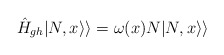
\begin{align*}\hat H_{gh}|N,x\rangle\rangle=\omega(x)N|N,x\rangle\rangle\end{align*}